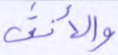
والأنثى